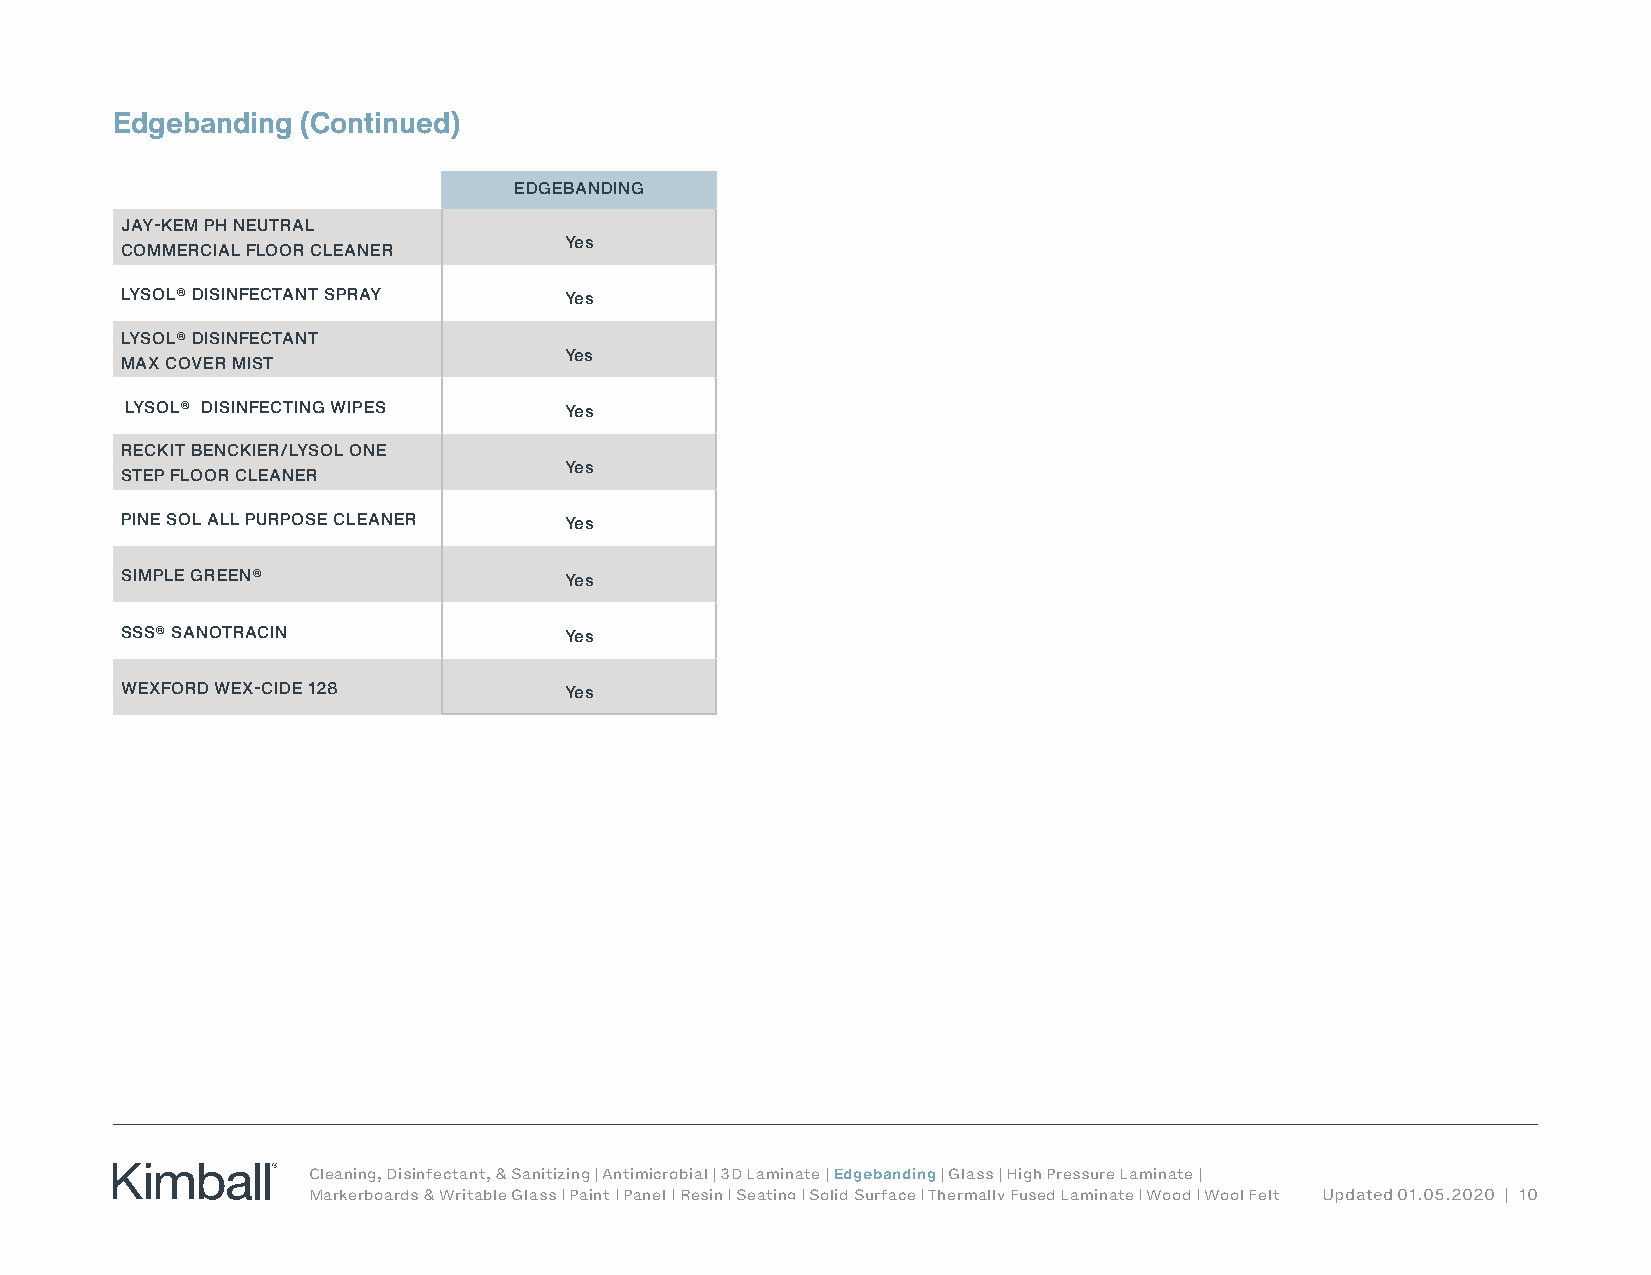
Edgebanding  (Continued)
 EDGEBANDING
 JAY-KEM PH NEUTRAL
 Yes
 COMMERCIAL FLOOR CLEANER
 LYSOL® DISINFECTANT SPRAY    Yes
 LYSOL® DISINFECTANT
 Yes
 MAX COVER MIST
 LYSOL® DISINFECTING WIPES    Yes
 RECKIT BENCKIER/LYSOL ONE
 Yes
 STEP FLOOR CLEANER
 PINE SOL ALL PURPOSE CLEANER Yes
 SIMPLE GREEN®                Yes
 SSS® SANOTRACIN              Yes
 WEXFORD WEX-CIDE 128         Yes
 Cleaning, Disinfectant, & Sanitizing | Antimicrobial | 3D Laminate | Edgebanding | Glass | High Pressure Laminate |
 Markerboards & Writable Glass | Paint | Panel | Resin | Seating | Solid Surface | Thermally Fused Laminate | Wood | Wool Felt Updated 01.05.2020 | 10